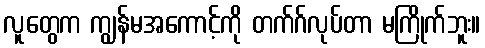
လူတွေက ကျွန်မအကောင့်ကို တက်ဂ်လုပ်တာ မကြိုက်ဘူး။